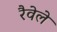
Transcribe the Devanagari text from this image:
रैवेले